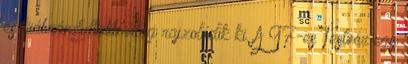
és kiábrándultabb világ rajzolódik ki. A 97-es Testvér egy